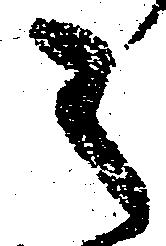
之